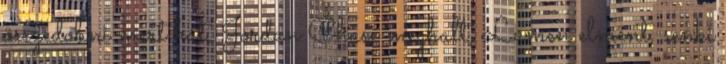
összedobni mert hát, Jordan Chase meghalt, Lumen elment, senki